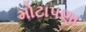
મોટાપણા